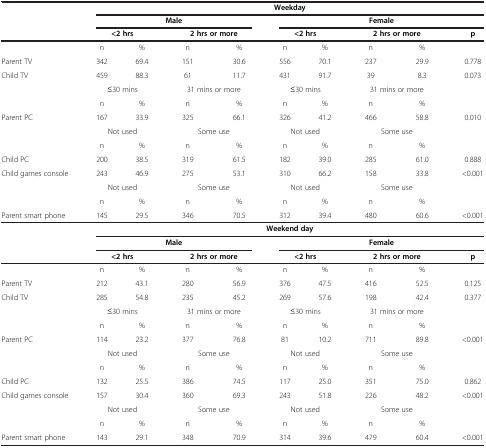
<table><thead><tr><td><b> </b></td><td colspan="9"><b>Weekday</b></td></tr><tr><td><b> </b></td><td colspan="4"><b>Male</b></td><td colspan="5"><b>Female</b></td></tr><tr><td><b> </b></td><td colspan="2"><b>&lt;2 hrs</b></td><td colspan="2"><b>2 hrs or more</b></td><td colspan="2"><b>&lt;2 hrs</b></td><td colspan="2"><b>2 hrs or more</b></td><td><b>p</b></td></tr></thead><tbody><tr><td> </td><td>n</td><td>%</td><td>n</td><td>%</td><td>n</td><td>%</td><td>n</td><td>%</td><td> </td></tr><tr><td>Parent TV</td><td>342</td><td>69.4</td><td>151</td><td>30.6</td><td>556</td><td>70.1</td><td>237</td><td>29.9</td><td>0.778</td></tr><tr><td>Child TV</td><td>459</td><td>88.3</td><td>61</td><td>11.7</td><td>431</td><td>91.7</td><td>39</td><td>8.3</td><td>0.073</td></tr><tr><td> </td><td colspan="2">≤30 mins</td><td colspan="2">31 mins or more</td><td colspan="2">≤30 mins</td><td colspan="2">31 mins or more</td><td> </td></tr><tr><td> </td><td>n</td><td>%</td><td>n</td><td>%</td><td>n</td><td>%</td><td>n</td><td>%</td><td> </td></tr><tr><td>Parent PC</td><td>167</td><td>33.9</td><td>325</td><td>66.1</td><td>326</td><td>41.2</td><td>466</td><td>58.8</td><td>0.010</td></tr><tr><td> </td><td colspan="2">Not used</td><td colspan="2">Some use</td><td colspan="2">Not used</td><td colspan="2">Some use</td><td> </td></tr><tr><td> </td><td>n</td><td>%</td><td>n</td><td>%</td><td>n</td><td>%</td><td>n</td><td>%</td><td> </td></tr><tr><td>Child PC</td><td>200</td><td>38.5</td><td>319</td><td>61.5</td><td>182</td><td>39.0</td><td>285</td><td>61.0</td><td>0.888</td></tr><tr><td>Child games console</td><td>243</td><td>46.9</td><td>275</td><td>53.1</td><td>310</td><td>66.2</td><td>158</td><td>33.8</td><td>&lt;0.001</td></tr><tr><td> </td><td colspan="2">Not used</td><td colspan="2">Some use</td><td colspan="2">Not used</td><td colspan="2">Some use</td><td> </td></tr><tr><td> </td><td>n</td><td>%</td><td>n</td><td>%</td><td>n</td><td>%</td><td>n</td><td>%</td><td> </td></tr><tr><td>Parent smart phone</td><td>145</td><td>29.5</td><td>346</td><td>70.5</td><td>312</td><td>39.4</td><td>480</td><td>60.6</td><td>&lt;0.001</td></tr><tr><td> </td><td colspan="9"><b>Weekend day</b></td></tr><tr><td> </td><td colspan="4"><b>Male</b></td><td colspan="5"><b>Female</b></td></tr><tr><td> </td><td colspan="2"><b>&lt;2 hrs</b></td><td colspan="2"><b>2 hrs or more</b></td><td colspan="2"><b>&lt;2 hrs</b></td><td colspan="2"><b>2 hrs or more</b></td><td><b>p</b></td></tr><tr><td> </td><td>n</td><td>%</td><td>n</td><td>%</td><td>n</td><td>%</td><td>n</td><td>%</td><td> </td></tr><tr><td>Parent TV</td><td>212</td><td>43.1</td><td>280</td><td>56.9</td><td>376</td><td>47.5</td><td>416</td><td>52.5</td><td>0.125</td></tr><tr><td>Child TV</td><td>285</td><td>54.8</td><td>235</td><td>45.2</td><td>269</td><td>57.6</td><td>198</td><td>42.4</td><td>0.377</td></tr><tr><td> </td><td colspan="2">≤30 mins</td><td colspan="2">31 mins or more</td><td colspan="2">≤30 mins</td><td colspan="2">31 mins or more</td><td> </td></tr><tr><td> </td><td>n</td><td>%</td><td>n</td><td>%</td><td>n</td><td>%</td><td>n</td><td>%</td><td> </td></tr><tr><td>Parent PC</td><td>114</td><td>23.2</td><td>377</td><td>76.8</td><td>81</td><td>10.2</td><td>711</td><td>89.8</td><td>&lt;0.001</td></tr><tr><td> </td><td colspan="2">Not used</td><td colspan="2">Some use</td><td colspan="2">Not used</td><td colspan="2">Some use</td><td> </td></tr><tr><td> </td><td>n</td><td>%</td><td>n</td><td>%</td><td>n</td><td>%</td><td>n</td><td>%</td><td> </td></tr><tr><td>Child PC</td><td>132</td><td>25.5</td><td>386</td><td>74.5</td><td>117</td><td>25.0</td><td>351</td><td>75.0</td><td>0.862</td></tr><tr><td>Child games console</td><td>157</td><td>30.4</td><td>360</td><td>69.3</td><td>243</td><td>51.8</td><td>226</td><td>48.2</td><td>&lt;0.001</td></tr><tr><td> </td><td colspan="2">Not used</td><td colspan="2">Some use</td><td colspan="2">Not used</td><td colspan="2">Some use</td><td> </td></tr><tr><td> </td><td>n</td><td>%</td><td>n</td><td>%</td><td>n</td><td>%</td><td>n</td><td>%</td><td> </td></tr><tr><td>Parent smart phone</td><td>143</td><td>29.1</td><td>348</td><td>70.9</td><td>314</td><td>39.6</td><td>479</td><td>60.4</td><td>&lt;0.001</td></tr></tbody></table>